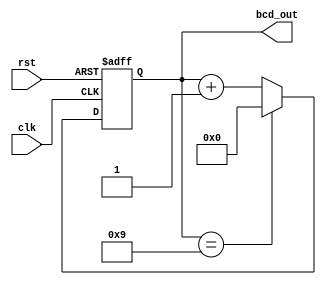
module BCD_Counter (
    input clk,
    input rst,
    output reg [3:0] bcd_out
);

reg [3:0] bcd_reg;

always @(posedge clk or posedge rst) begin
    if (rst) begin
        bcd_reg <= 4'b0000;
    end else begin
        if (bcd_reg == 4'b1001) begin
            bcd_reg <= 4'b0000;
        end else begin
            bcd_reg <= bcd_reg + 1;
        end
    end
end

assign bcd_out = bcd_reg;

endmodule